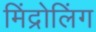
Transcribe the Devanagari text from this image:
मिंद्रोलिंग